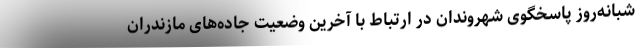
شبانه‌روز پاسخگوی شهروندان در ارتباط با آخرین وضعیت جاده‌های مازندران